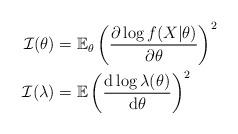
LaTeX: \begin{align*}\mathcal{I}(\theta) & = \mathbb{E}_\theta \left( \frac{\partial \log f(X|\theta)}{\partial \theta} \right)^2 \\\mathcal{I}(\lambda) & = \mathbb{E}\left( \frac{\mathrm{d \log \lambda(\theta)}}{\mathrm{d}\theta} \right)^2\end{align*}